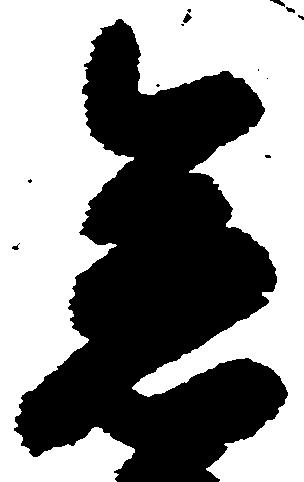
急